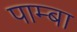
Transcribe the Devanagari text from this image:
पाम्बा